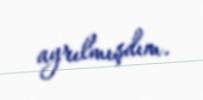
ayrılmışdım.